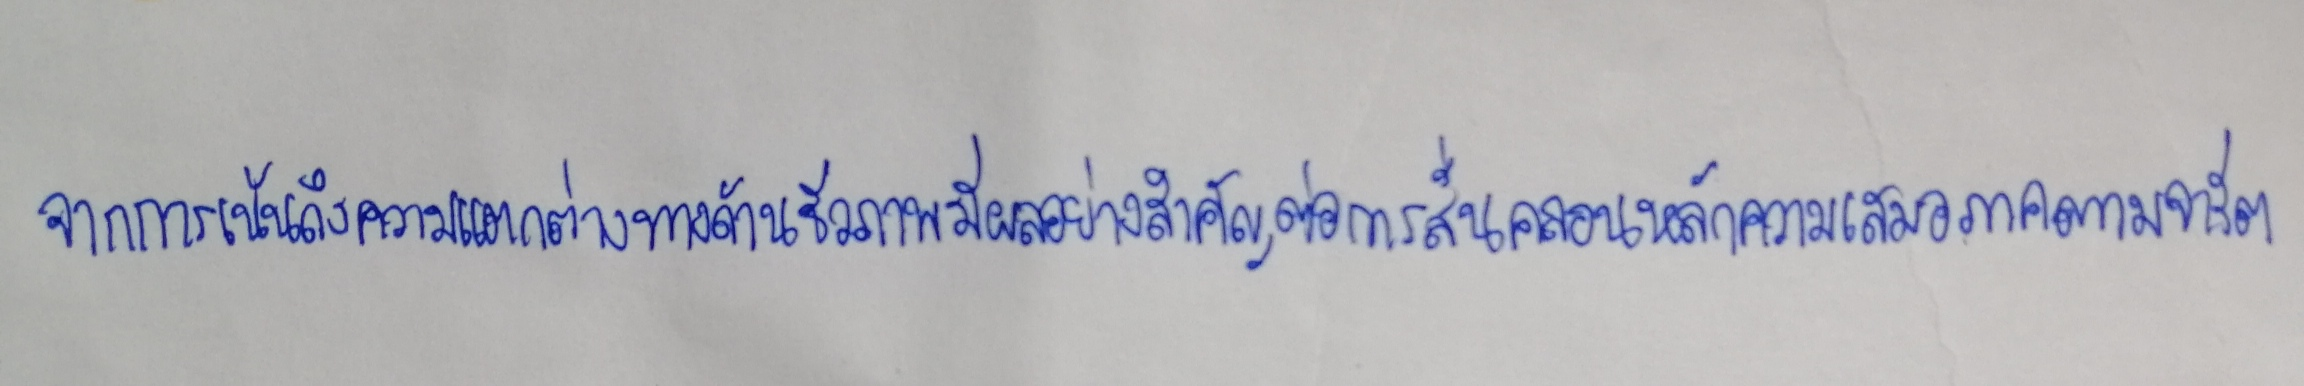
จากการเน้นถึงความแตกต่างทางด้านชีวภาพมีผลอย่างสำคัญต่อการสั่นคลอนหลักความเสมอภาคตามจารีต